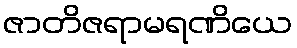
ဇာတိဇရာမရဏိယေ